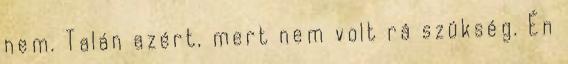
nem. Talán azért, mert nem volt rá szükség. Én